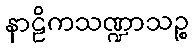
နာဠိကသဏ္ဍာသဉ္စ